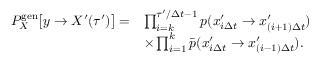
\begin{array} { r l } { P _ { X } ^ { \mathrm { g e n } } \bigl [ y \to X ^ { \prime } ( \tau ^ { \prime } ) \bigr ] = } & { \prod _ { i = k } ^ { \tau ^ { \prime } / \Delta t - 1 } p ( x _ { i \Delta t } ^ { \prime } \to x _ { ( i + 1 ) \Delta t } ^ { \prime } ) } \\ & { \times \prod _ { i = 1 } ^ { k } \bar { p } ( x _ { i \Delta t } ^ { \prime } \to x _ { ( i - 1 ) \Delta t } ^ { \prime } ) . } \end{array}